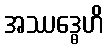
အဿဒ္ဓေဟိ